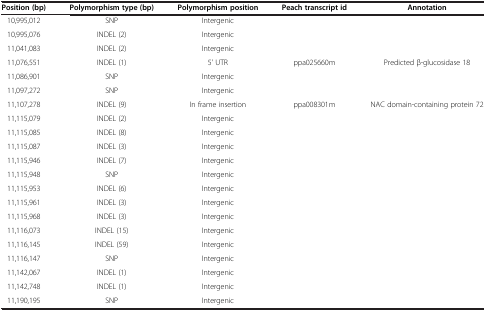
| Position (bp) | Polymorphism type (bp) | Polymorphism position | Peach transcript id | Annotation |
 | --- | --- | --- | --- | --- |
 | 10,995,012 | SNP | Intergenic |  |  |
 | 10,995,076 | INDEL (2) | Intergenic |  |  |
 | 11,041,083 | INDEL (2) | Intergenic |  |  |
 | 11,076,551 | INDEL (1) | 5' UTR | ppa025660m | Predicted β-glucosidase 18 |
 | 11,086,901 | SNP | Intergenic |  |  |
 | 11,097,272 | SNP | Intergenic |  |  |
 | 11,107,278 | INDEL (9) | In frame insertion | ppa008301m | NAC domain-containing protein 72 |
 | 11,115,079 | INDEL (2) | Intergenic |  |  |
 | 11,115,085 | INDEL (8) | Intergenic |  |  |
 | 11,115,087 | INDEL (3) | Intergenic |  |  |
 | 11,115,946 | INDEL (7) | Intergenic |  |  |
 | 11,115,948 | SNP | Intergenic |  |  |
 | 11,115,953 | INDEL (6) | Intergenic |  |  |
 | 11,115,961 | INDEL (3) | Intergenic |  |  |
 | 11,115,968 | INDEL (3) | Intergenic |  |  |
 | 11,116,073 | INDEL (15) | Intergenic |  |  |
 | 11,116,145 | INDEL (59) | Intergenic |  |  |
 | 11,116,147 | SNP | Intergenic |  |  |
 | 11,142,067 | INDEL (1) | Intergenic |  |  |
 | 11,142,748 | INDEL (1) | Intergenic |  |  |
 | 11,190,195 | SNP | Intergenic |  |  |